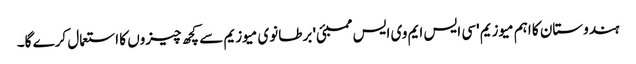
ہندوستان کا اہم میوزیم 'سی ایس ایم وی ایس ممبئی' برطانوی میوزیم سے کچھ چیزوں کا استعمال کرے گا۔